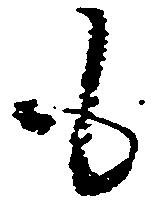
も